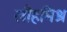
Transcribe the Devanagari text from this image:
लौहमिश्र